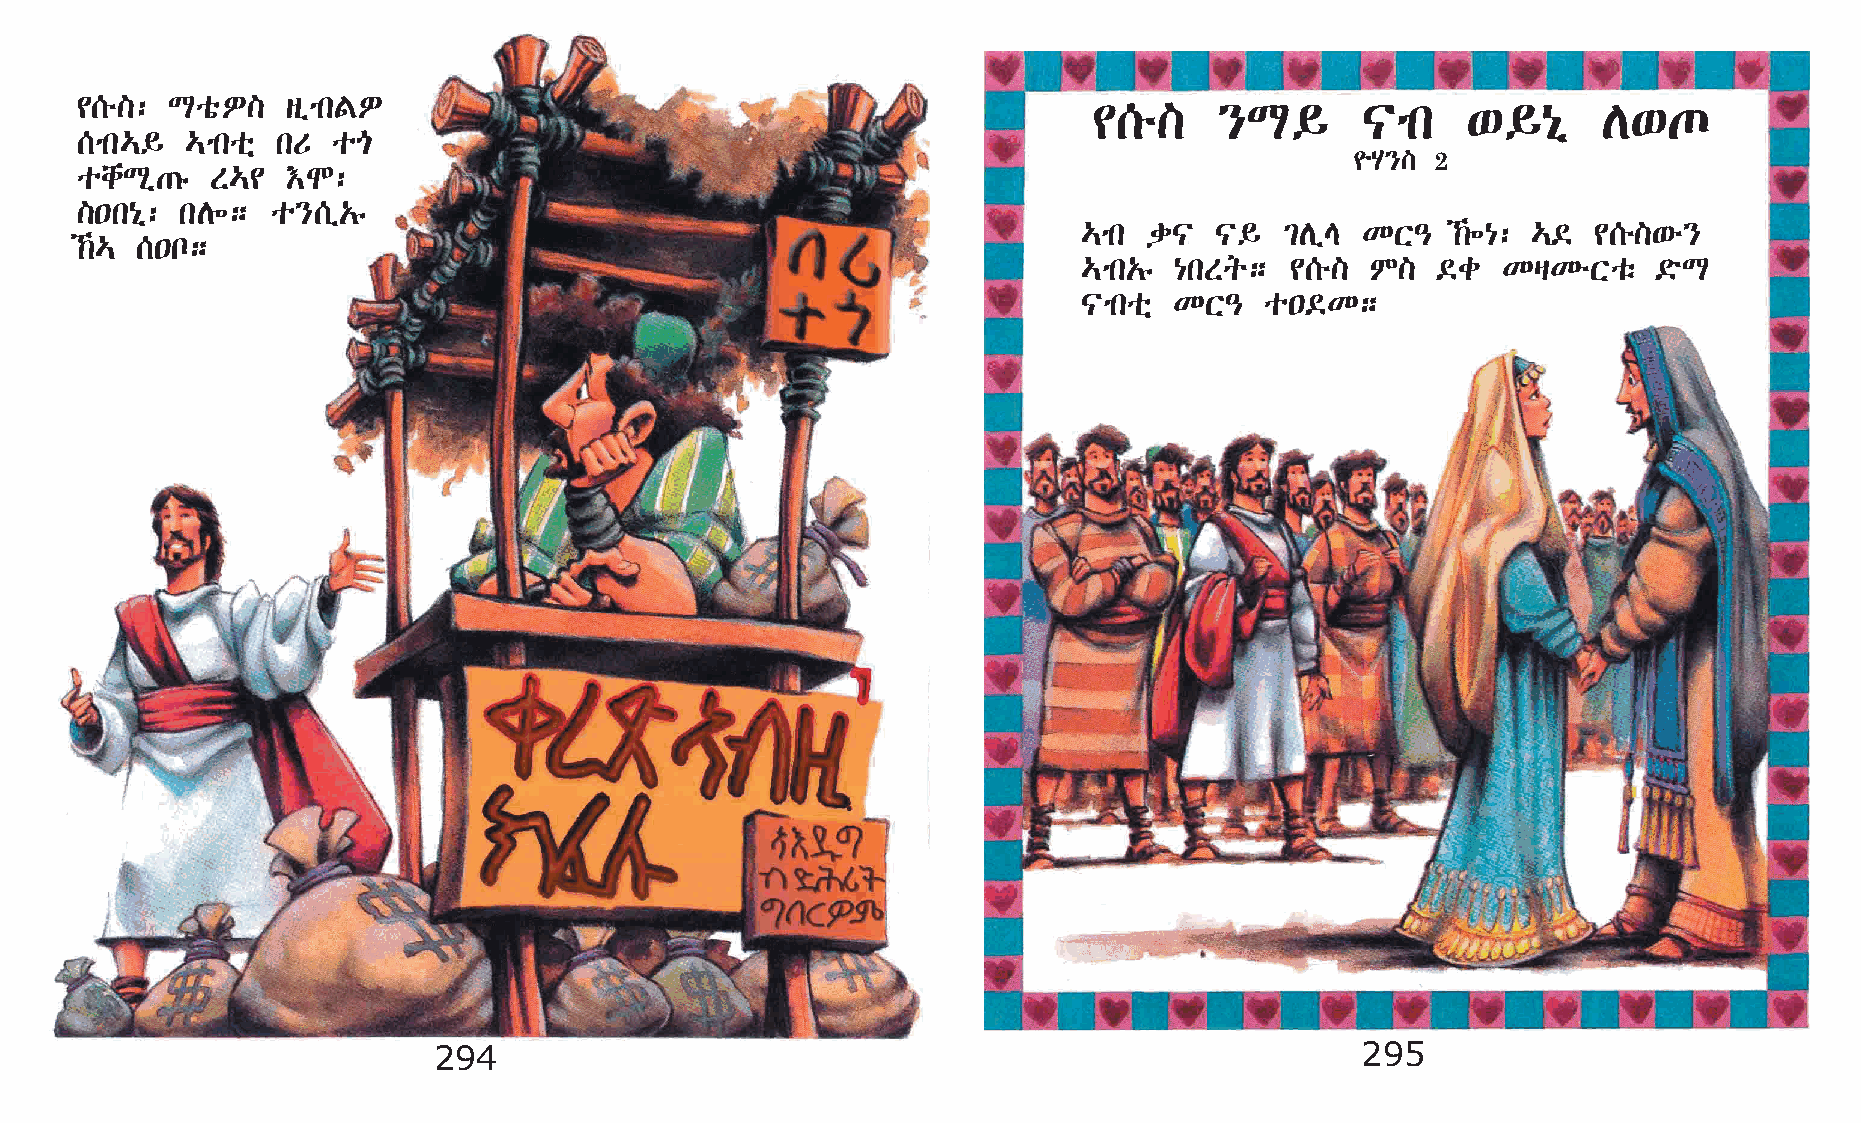
¢[é]: LoõÈ]   sïmkFÈ
 ¢[é]     }L§      |mk    ‘§{ð     D‘º
 [mk…§  …mkoñ kU  oµ
 ¨A}] 2
 ochLð·ê  S…¢  †N:
 ]•k{ð: kD÷;  o}[ï„ê
 …mk d|  |§   ²DïE KX–   ‰÷{: …© ¢[é]‘é}
 ‰… [•n;
 …mk„ê {kSq;  ¢[é]  M]  ©c  KšKéXoë    ©öL
 |mkoñ KX–   o•©K;
 294                                                          295